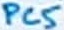
Text: PC5